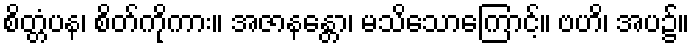
စိတ္တံပန၊ စိတ်ကိုကား။ အဇာနန္တော၊ မသိသောကြောင့်။ ဗဟိ၊ အပ၌။